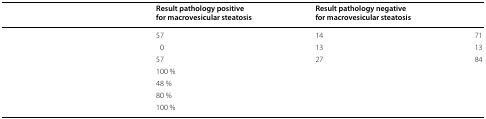
<table><thead><tr><td>[EMPTY_CELL]</td><td><b>Result pathology positive for macrovesicular steatosis</b></td><td><b>Result pathology negative for macrovesicular steatosis</b></td><td>[EMPTY_CELL]</td></tr></thead><tbody><tr><td>[EMPTY_CELL]</td><td>57</td><td>14</td><td>71</td></tr><tr><td>[EMPTY_CELL]</td><td>0</td><td>13</td><td>13</td></tr><tr><td>[EMPTY_CELL]</td><td>57</td><td>27</td><td>84</td></tr><tr><td>[EMPTY_CELL]</td><td>100 %</td><td>[EMPTY_CELL]</td><td>[EMPTY_CELL]</td></tr><tr><td>[EMPTY_CELL]</td><td>48 %</td><td>[EMPTY_CELL]</td><td>[EMPTY_CELL]</td></tr><tr><td>[EMPTY_CELL]</td><td>80 %</td><td>[EMPTY_CELL]</td><td>[EMPTY_CELL]</td></tr><tr><td>[EMPTY_CELL]</td><td>100 %</td><td>[EMPTY_CELL]</td><td>[EMPTY_CELL]</td></tr></tbody></table>